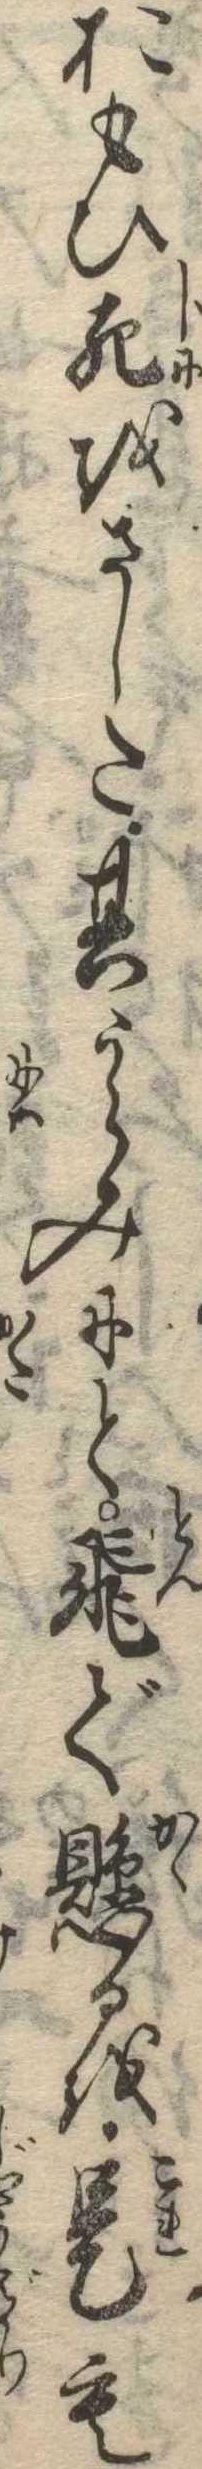
おもひ死をさした其うらみにと飛で懸るを是も